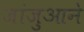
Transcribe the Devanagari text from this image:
जांजुआने